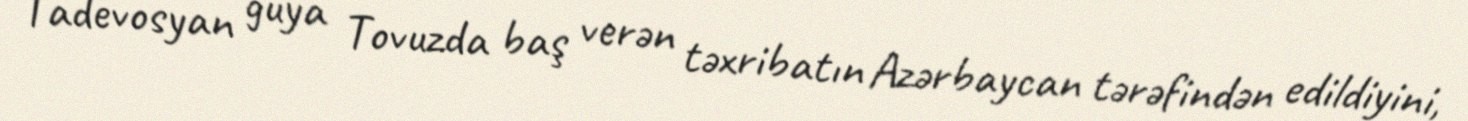
Tadevosyan guya Tovuzda baş verən təxribatın Azərbaycan tərəfindən edildiyini,